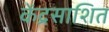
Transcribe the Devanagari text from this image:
केंद्रसाशित